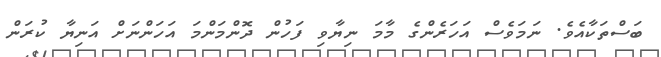
ބަސްތަކާއެވެ. ނަމަވެސް އަހަރެންގެ މާމަ ނިޔާވި ފަހުން ދޮންމަންމަ އަހަންނަށް އަނިޔާ ކުރަން